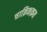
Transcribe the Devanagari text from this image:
चाक्रिकक्रम